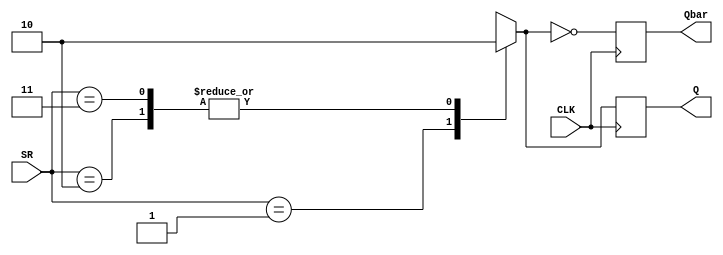
module srlatch (SR,CLK,Q,Qbar);
input [1:0]SR;
input CLK;
output reg Q,Qbar;



always@(posedge CLK)
begin
    
    case (SR)
        2'b00:Q=1'bx;//dont know value
        2'b01:Q=1'b1;//set
        2'b10:Q=1'b0;//reset
        2'b11:Q=1'b0; //11 state not used 
        
    endcase
 Qbar=~Q;
end

    
endmodule